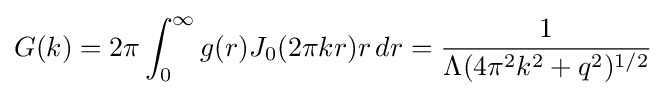
G(k)=2\pi \int _{0}^{\infty }g(r)J_{0}(2\pi kr)r\,dr={\frac {1}{\Lambda (4\pi ^{2}k^{2}+q^{2})^{1/2}}}